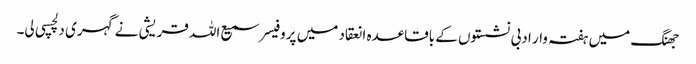
جھنگ میں ہفتہ وار ادبی نشستوں کے باقاعدہ انعقاد میں پروفیسر سمیع اللہ قریشی نے گہری دلچسپی لی۔